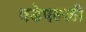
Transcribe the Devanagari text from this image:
वडेपल्‍ली